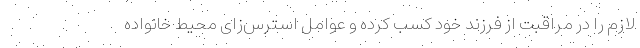
لازم را در مراقبت از فرزند خود کسب کرده و عوامل استرس‌زای محیط خانواده